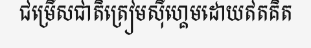
ជម្រើសជាតិត្រៀមស៊ីហ្គេមដោយឥតគិត